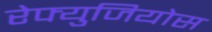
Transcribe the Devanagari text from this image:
रेफ्युजियोस